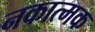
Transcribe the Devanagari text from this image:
नकात्मक